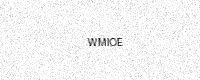
Text: WMIOE